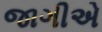
જાગીએ